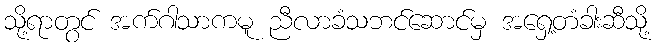
သို့ရာတွင် အက်ဂါသာကမူ ညီလာခံသဘင်ဆောင်မှ အရှေ့တံခါးဆီသို့